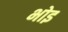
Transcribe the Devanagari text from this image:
भोइ